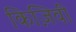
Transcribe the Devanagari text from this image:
किज़िवी